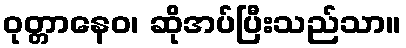
ဝုတ္တာနေဝ၊ ဆိုအပ်ပြီးသည်သာ။